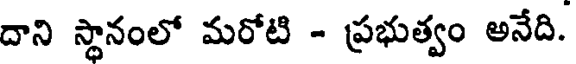
దాని స్థానంలో మరోటి - ప్రభుత్వం అనేది.